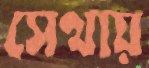
সেথায়